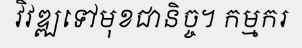
វិវឌ្ឍទៅមុខជានិច្ច។ កម្មករ